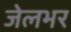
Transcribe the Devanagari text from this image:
जेलभर